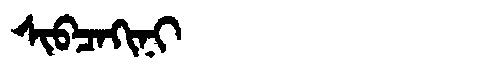
Manchu: ᠰᡳᠪᠴᠠᡴᡳᠨᡳ
Romanization: SIBCAKINI